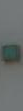
-